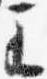
王